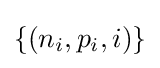
\{(n_{i},p_{i},i)\}